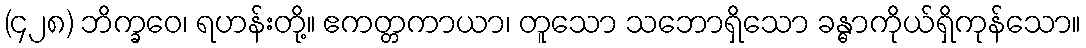
(၄၂၈) ဘိက္ခဝေ၊ ရဟန်းတို့။ ဧကတ္တကာယာ၊ တူသော သဘောရှိသော ခန္ဓာကိုယ်ရှိကုန်သော။